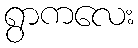
ရွာကလေး